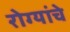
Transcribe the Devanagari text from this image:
रोग्यांचे